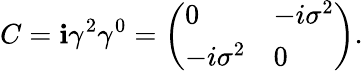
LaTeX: C=\mathbf{i}\gamma^{2}\gamma^{0}={\left(\begin{array}{ll}{0}&{-i\sigma^{2}}\\ {-i\sigma^{2}}&{0}\end{array}\right)}.